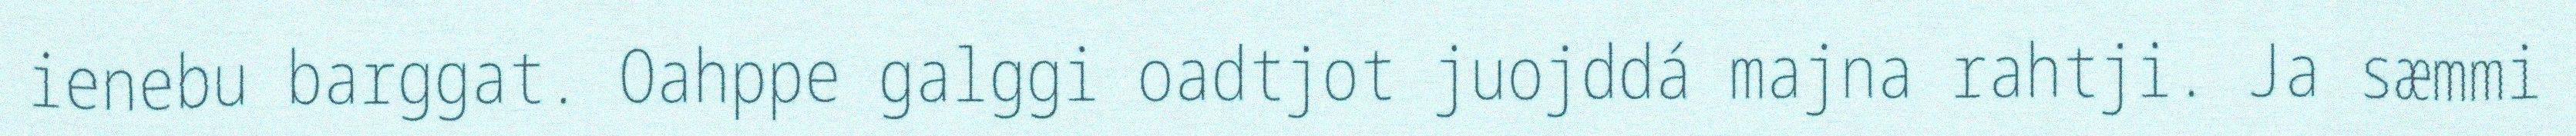
ienebu barggat. Oahppe galggi oadtjot juojddá majna rahtji. Ja sæmmi